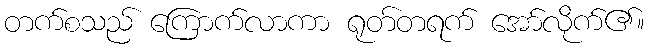
တက်စသည် ကြောက်လာကာ ရုတ်တရက် အော်လိုက်၏။